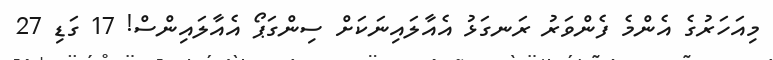
މިއަހަރުގެ އެންމެ ފެންވަރު ރަނގަޅު އެއާލައިނަކަށް ސިންގަޕޯ އެއާލައިންސް! 17 ގަޑި 27